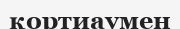
қортиаумен